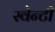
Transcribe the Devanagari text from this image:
स्वेन्‍टी